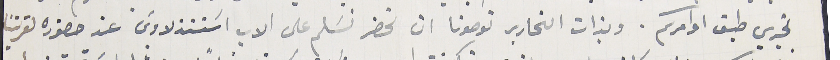
تجري طبق اوامركم. وبذات التحارير توصونا ان نحضر نسَلم على الاب اسَتنذلاوسَ عند حضوره لقريتنا